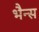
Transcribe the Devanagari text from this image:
भैन्स